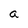
Character: a